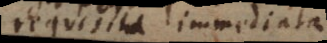
requisita immediata.